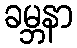
ခမ္ဘနာ